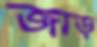
জাড়